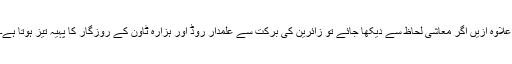
علاوہ ازیں آگر معاشی لحاظ سے دیکھا جائے تو زائرین کی برکت سے علمدار روڈ اور ہزارہ ٹاون کے روزگار کا پہیہ تیز ہوتا ہے۔